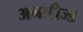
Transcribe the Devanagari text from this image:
अनलीज्ड